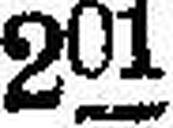
201